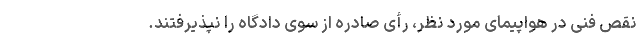
نقص فنی در هواپیمای مورد نظر، رأی صادره از سوی دادگاه را نپذیرفتند.